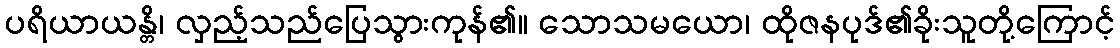
ပရိယာယန္တိ၊ လှည့်သည်ပြေသွားကုန်၏။ သောသမယော၊ ထိုဇနပုဒ်၏ခိုးသူတို့ကြောင့်